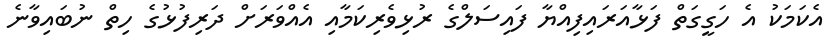
އެކަމަކު އެ ހަގީގަތް ފަޅާއަރައިފިއްޔާ ފައިސަލްގެ ރުޅިވެރިކަމާއި އެއްވަރަށް ދަރިފުޅުގެ ހިތް ނުބައިވާނެ